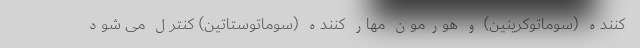
کننده (سوماتوکرینین) و هورمون مهار کننده (سوماتوستاتین) کنترل می شود